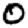
Digit: 0